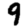
Digit: 9